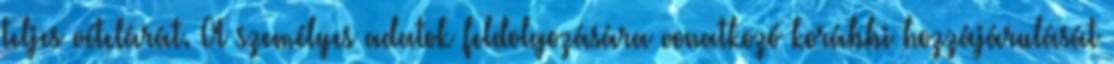
teljes vételárát. A személyes adatok feldolgozására vonatkozó korábbi hozzájárulását